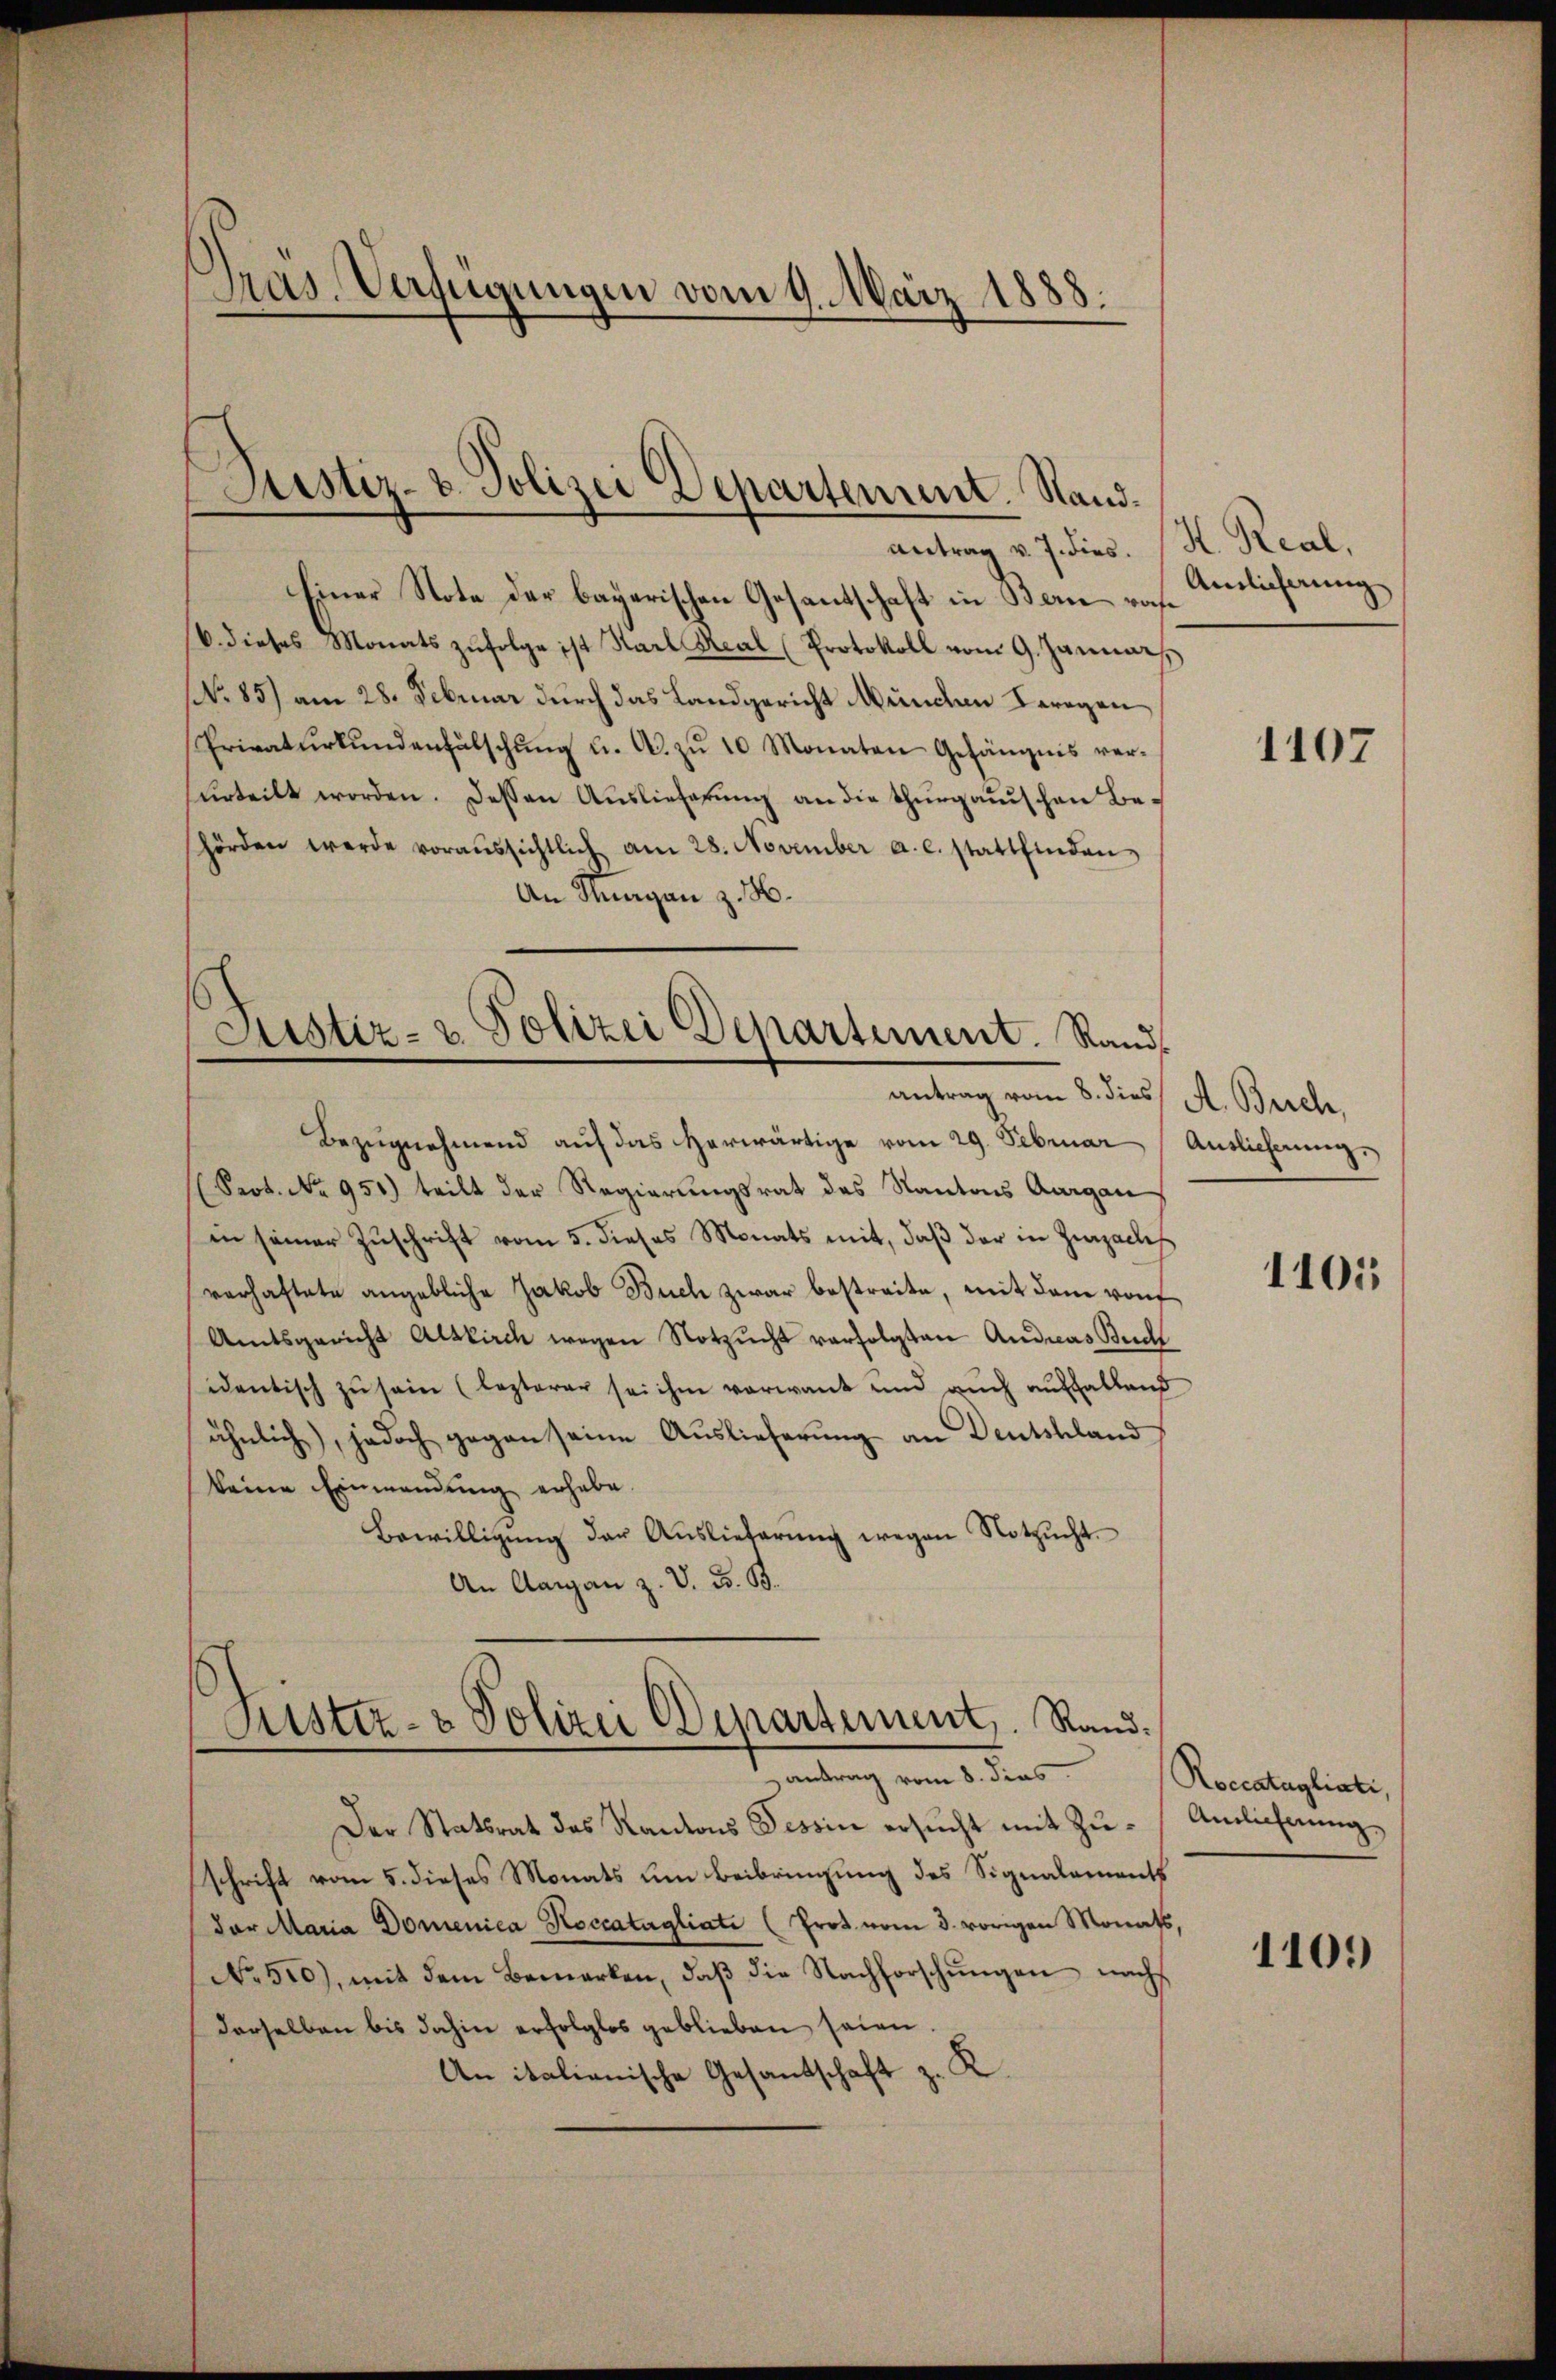
Gras Verfügungen vom 9. März 1888.

Justiz- & Polizei Departement. Sandantrag v. 7. dies. (K. Real,

Einer Note der bayerischen Gesantschaft in Bern ras
6. dieses Monats zŭfolge ist Karl Real (Protokoll vom 9. Januar
No 85) am 28. Februar durch das Landgericht Munden Leragen
Privatŭrkŭndenfälschŭng u. A. zŭ 10 Monaten Gefängnis ver-
surteilt worden. Dessen Auslieferung an die thurgauischen Behörden werde voraŭssichtlich am 28. November a. c. stattfinden
An Stuagan z. H.
Justiz- & Polizei Departement. Rand

antrag vom 8. dies A. Brich,
Bezŭgnehmend aŭf das herwärtige vom 29. Februar  Auslieferŭng.

(Seot. No 951.) teilt der Regierungsrat des Kantons Aargau
in seiner Zuschrift vom 5. dieses Monats mit, daß der in Zurzalles
verhaftete angebliche Jakob Buch zwar bestreite, mit dem vonf
Amtsgericht Altkirch wegen Notzucht verfolgten Andreas Buch
identisch zu sein (lezterer sei ihm verwant und auch auffallend
ähnlich, jedoch gegen seine Auslieferung an Deutschland
keine Einwendung erhabe.
Bewilligŭng der Aŭslieferŭng wegen Notzŭcht.
An Aargau z. V. B. B.

Kister- & Polizei Departement, Rand.
antrag vom 8. dies
Der Statsrat das Kantons Tessin ersŭcht mit Zŭ- Amlichnung,

schrift vom 5. dieses Monats um Beibringung des Signalaments
dor Maria Domenica Noccatagliati (Prot. vom 3. vorigen Monats,
No 510), mit dem Bemerken, daß die Nachforschungen nachs
derselben bis dahin erfolglos geblieben seien
An italianische Gesandschaft z. R.

Anlieferung

1107

1101

Roccatagliati,

1109